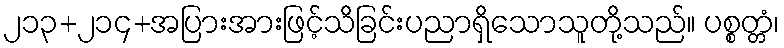
၂၁၃+၂၁၄+အပြားအားဖြင့်သိခြင်းပညာရှိသောသူတို့သည်။ ပစ္စတ္တံ၊